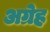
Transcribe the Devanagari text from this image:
अग्रेह